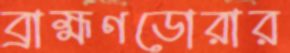
ব্রাহ্মণডোরার